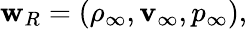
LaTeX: \begin{array}{r}{{\mathbf w}_{R}=(\rho_{\infty},{\mathbf v}_{\infty},p_{\infty}),}\end{array}